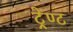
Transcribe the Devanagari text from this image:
ट्रेण्ट